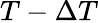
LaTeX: T-\Delta T